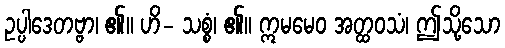
ဥပ္ပါဒေတဗ္ဗာ၊ ၏။ ဟိ- သစ္စံ၊ ၏။ ဣမမေဝ အတ္ထဝသံ၊ ဤသို့သော